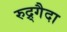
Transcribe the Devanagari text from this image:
रुद्र्गैदा